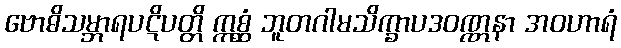
ဗောဓိသမ္ဘာရပဋိပတ္တိ ဣစ္ဆံ ဘူတဂါမသိက္ခာပဒဝဏ္ဏနာ အဝဟာရံ